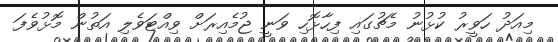
މިއަދު ހަވީރު ކުޅުނު މެޗުގައި ފިހާޅޮހި ވަނީ ޖުމެއިރަށް ވިއްޓަވެލި އަތުން މޮޅުވެފަ